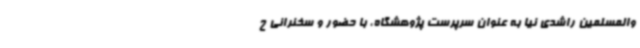
والمسلمین راشدی نیا به عنوان سرپرست پژوهشگاه، با حضور و سخنرانی ح